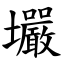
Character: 壧